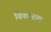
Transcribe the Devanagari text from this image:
विकरशम